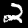
Label: 2